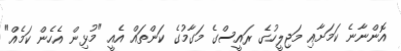
އޮންނާނެ ކަމަށާއި މަޖިލީހުގެ ރައީސްގެ މަގާމުގެ ކަންތައް އެއީ "މުޅިން އެހެން ކަމެއް"